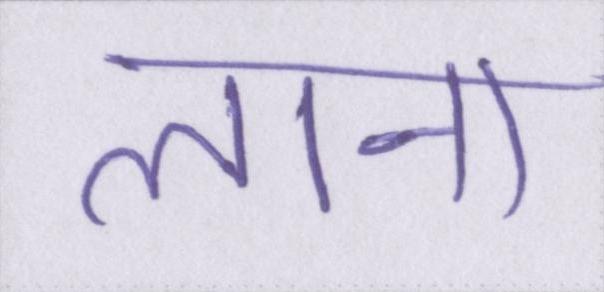
लाना